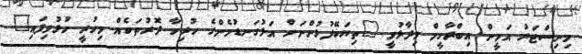
މިނިސްޓަރު އަމީން އިބްރާހީމް ވިދާޅުވީ "ތިޔަބޭފުޅުންނަށް އަޅުގަނޑުމެންގެ ހުރިހާ ދޮރުތަކެއް މިހުރީ ހުޅުވިފައި"